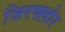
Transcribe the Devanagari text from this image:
जिरफ्लोर